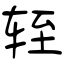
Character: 轾